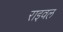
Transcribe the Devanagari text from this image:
राइवल